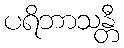
ပရိဘာသန္တီ